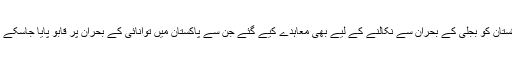
پاکستان کو بجلی کے بحران سے نکالنے کے لیے بھی معاہدے کیے گئے جن سے پاکستان میں توانائی کے بحران پر قابو پایا جاسکے گا۔